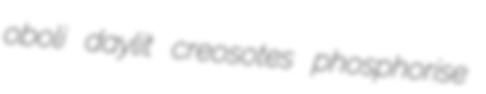
oboli daylit creosotes phosphorise